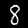
Label: 8